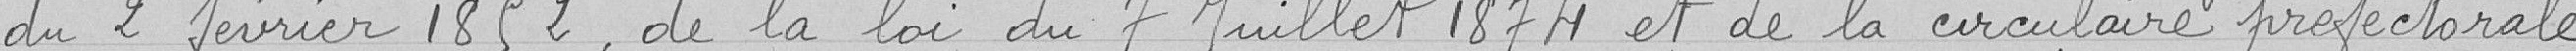
du 2 février 1852, de la loi du7 juillet 1874 et de la circulaire préfectorale